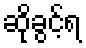
ဆိုခွင့်ရ